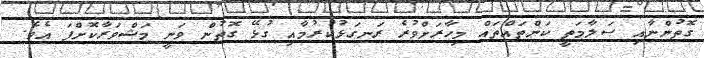
ގޮތުންނާއި ސަލާމަތީ ކަންތައްތައް މިހާރަށްވުރެ ރަނގަޅުކުރުމާއި ގުޅޭ ގޮތުން ވަނީ މަޝްވަރާކޮށްފަ އެވެ.